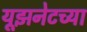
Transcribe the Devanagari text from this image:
यूझनेटच्या